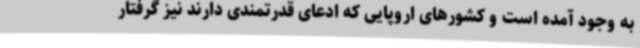
به وجود آمده است و کشورهای اروپایی که ادعای قدرتمندی دارند نیز گرفتار